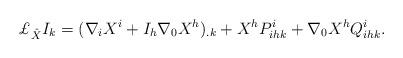
LaTeX: \begin{align*}{\pounds}_{\hat{X}}{I_k} =(\nabla_{i} X^{i}+I_{h}\nabla_{0} X^{h})_{.k} + {X^h}P_{ihk}^i + \nabla_{0} X^{h}Q_{ihk}^i.\end{align*}